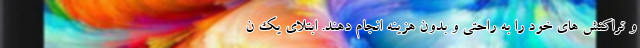
و تراکنش های خود را به راحتی و بدون هزینه انجام دهند. ابتلای یک ن